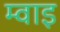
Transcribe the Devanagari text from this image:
म्वाइ